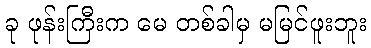
ခု ဖုန်းကြီးက မေ တစ်ခါမှ မမြင်ဖူးဘူး